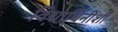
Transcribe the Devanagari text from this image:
विद्यार्थिनींशी